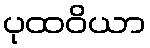
ပုထဝိယာ